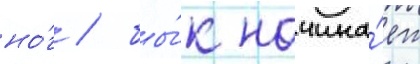
но́г / бы́к начина́ет